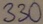
Text: 330